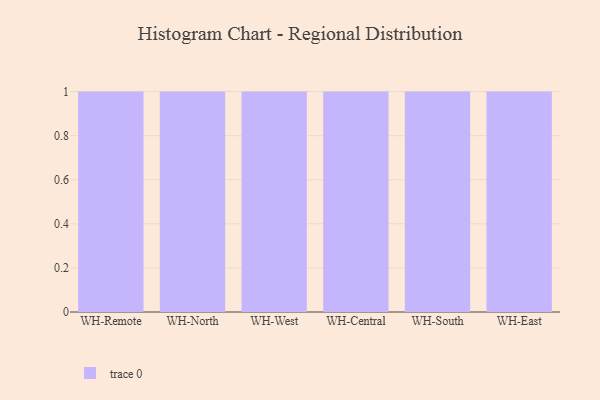
{"axis": {"x": "Warehouse", "y": "Market Share (%)"}, "legend": [""], "data": [{"x": "WH-Remote", "y": 6, "type": ""}, {"x": "WH-North", "y": 10, "type": ""}, {"x": "WH-West", "y": 91, "type": ""}, {"x": "WH-Central", "y": 5, "type": ""}, {"x": "WH-South", "y": 47, "type": ""}, {"x": "WH-East", "y": 81, "type": ""}]}